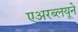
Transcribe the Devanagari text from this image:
एअरब्लयूने